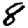
Digit: 8